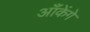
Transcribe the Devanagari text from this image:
आँकेंगे